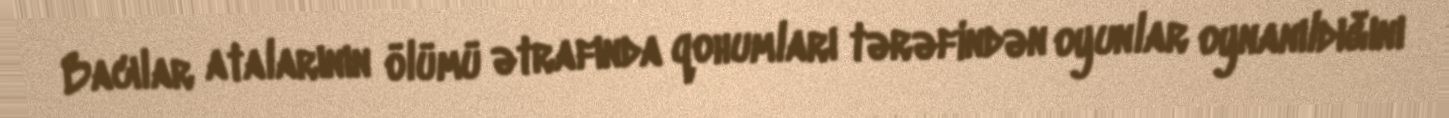
Bacılar atalarının ölümü ətrafında qohumları tərəfindən oyunlar oynanıldığını